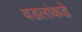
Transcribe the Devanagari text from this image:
वडलांकडे